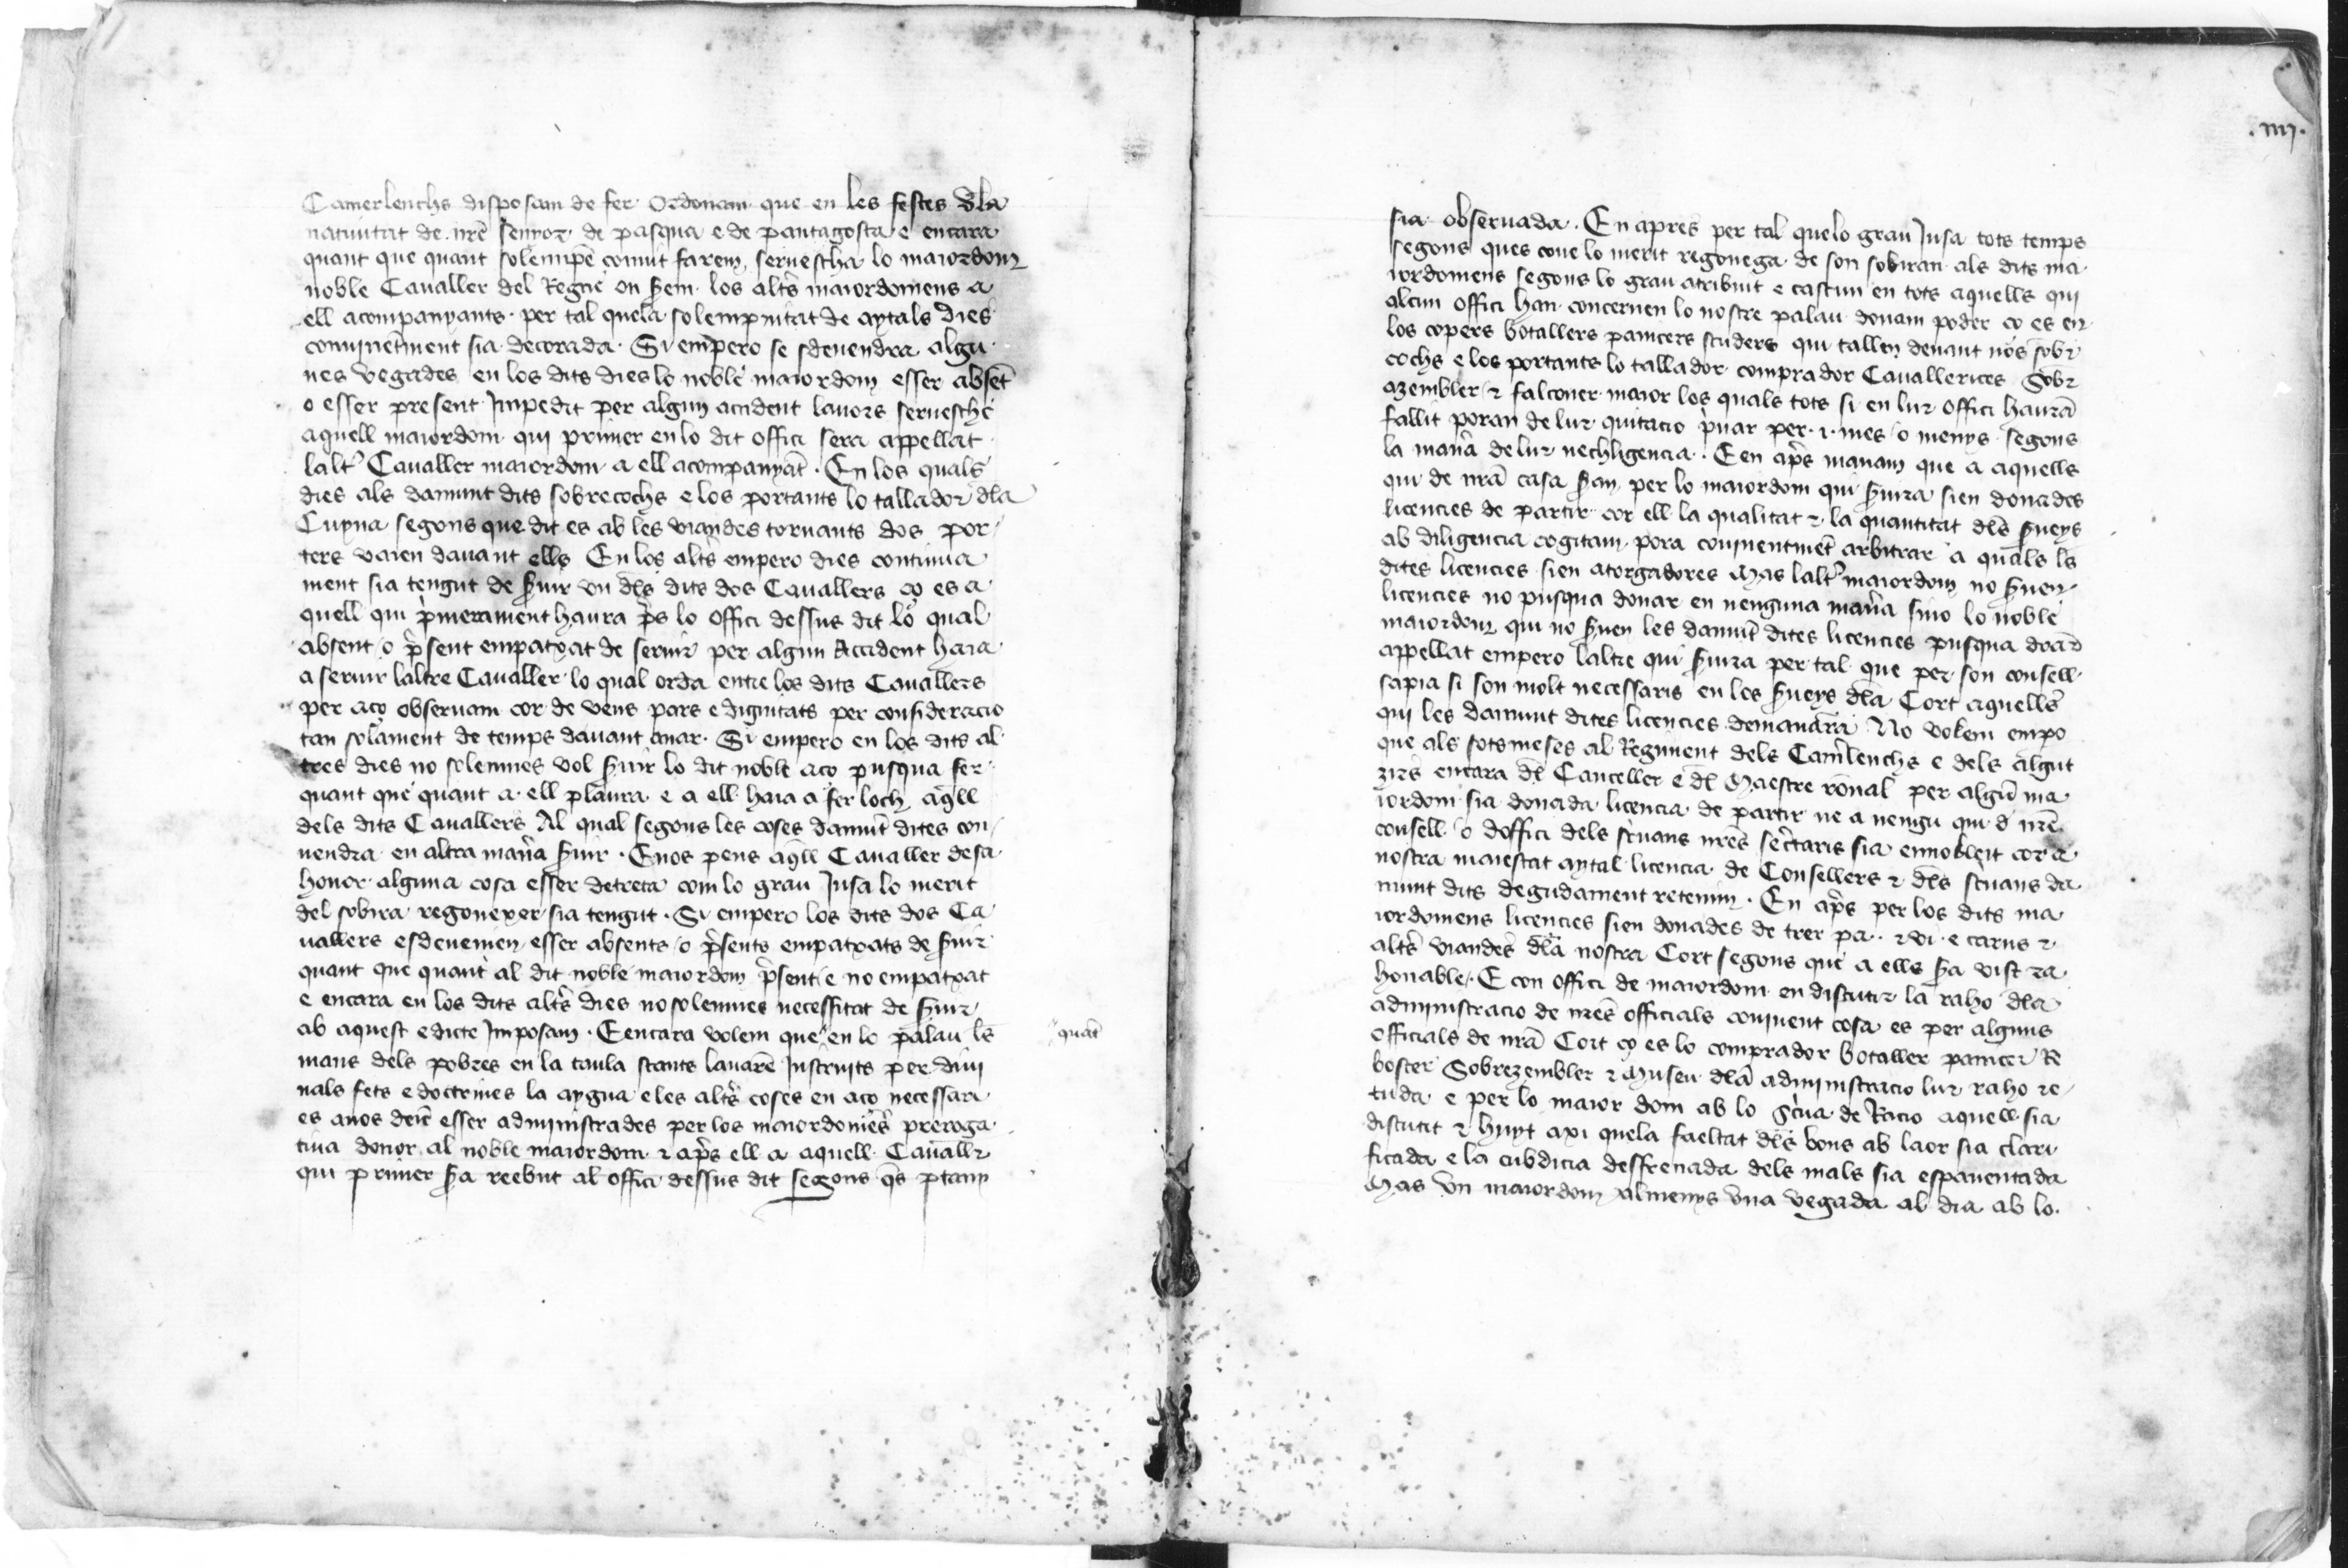
Shelfmark: Paris, BnF, esp. 98
Century: 15